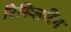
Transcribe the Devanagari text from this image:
रिस्प्लिटिंग